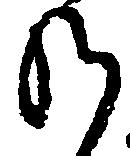
給